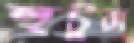
হুটুরা